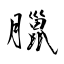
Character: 臘